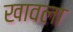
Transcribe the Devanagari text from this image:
खावला